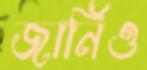
জার্নিও